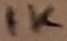
Text: 1K